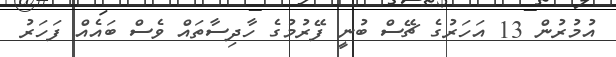
އުމުރުން 13 އަހަރުގެ ޗޭސް ބުނީ ފޭރުމުގެ ހާދިސާތައް ވެސް ބައެއް ފަހަރު